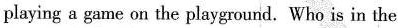
playing a game on the playground.Who is in the